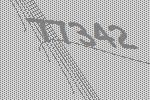
77342